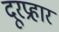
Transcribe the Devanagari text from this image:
दूरप्रहार